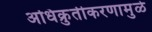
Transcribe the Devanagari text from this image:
अधिक्रुतीकरणामुळे